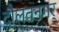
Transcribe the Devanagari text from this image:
दौलतनगर्